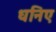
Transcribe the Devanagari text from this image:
धनिए